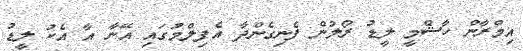
އިމްރާން ހާޝްމީ ލީޑު ރޯލުން ފެނިގެންދާ އެފިލްމުގައި އޭނާ އާ އެކު ލީޑު